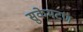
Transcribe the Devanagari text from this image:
सुकेमटण